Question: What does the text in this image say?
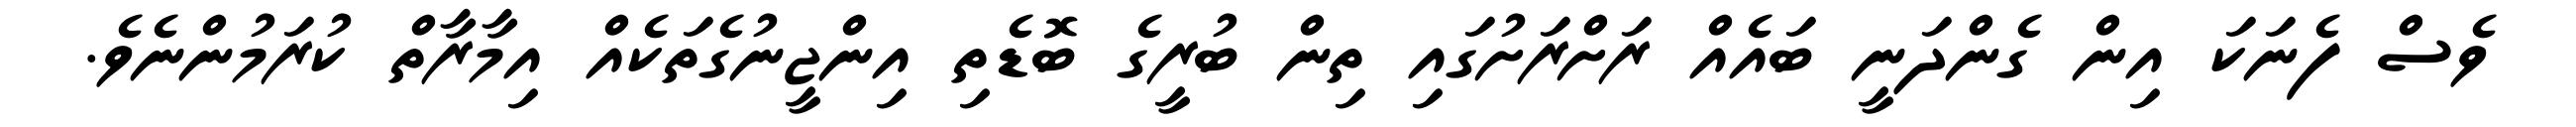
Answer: ވެސް ފެނަކަ އިން ގެންދަނީ ބައެއް ރަށްރަށުގައި ތިން ބުރީގެ ބޮޑެތި އިންޖީނުގެތަކެއް އިމާރާތް ކުރަމުންނެވެ.